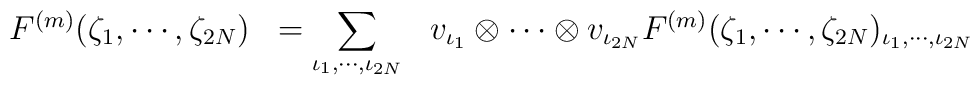
\begin{array}{rcl}F^{(m)}(\zeta _1 , \cdots , \zeta _{2N})& =\displaystyle\sum_{\iota _1 , \cdots , \iota _{2N}}& v_{\iota _1 } \otimes \cdots \otimes v_{\iota _{2N}}F^{(m)}(\zeta _1 , \cdots , \zeta _{2N})_{\iota _1 , \cdots , \iota _{2N}}\end{array}